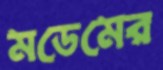
মডেমের